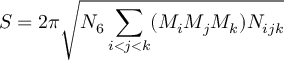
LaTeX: S = 2 \pi \sqrt { N _ { 6 } \sum _ { i < j < k } ( M _ { i } M _ { j } M _ { k } ) N _ { i j k } }